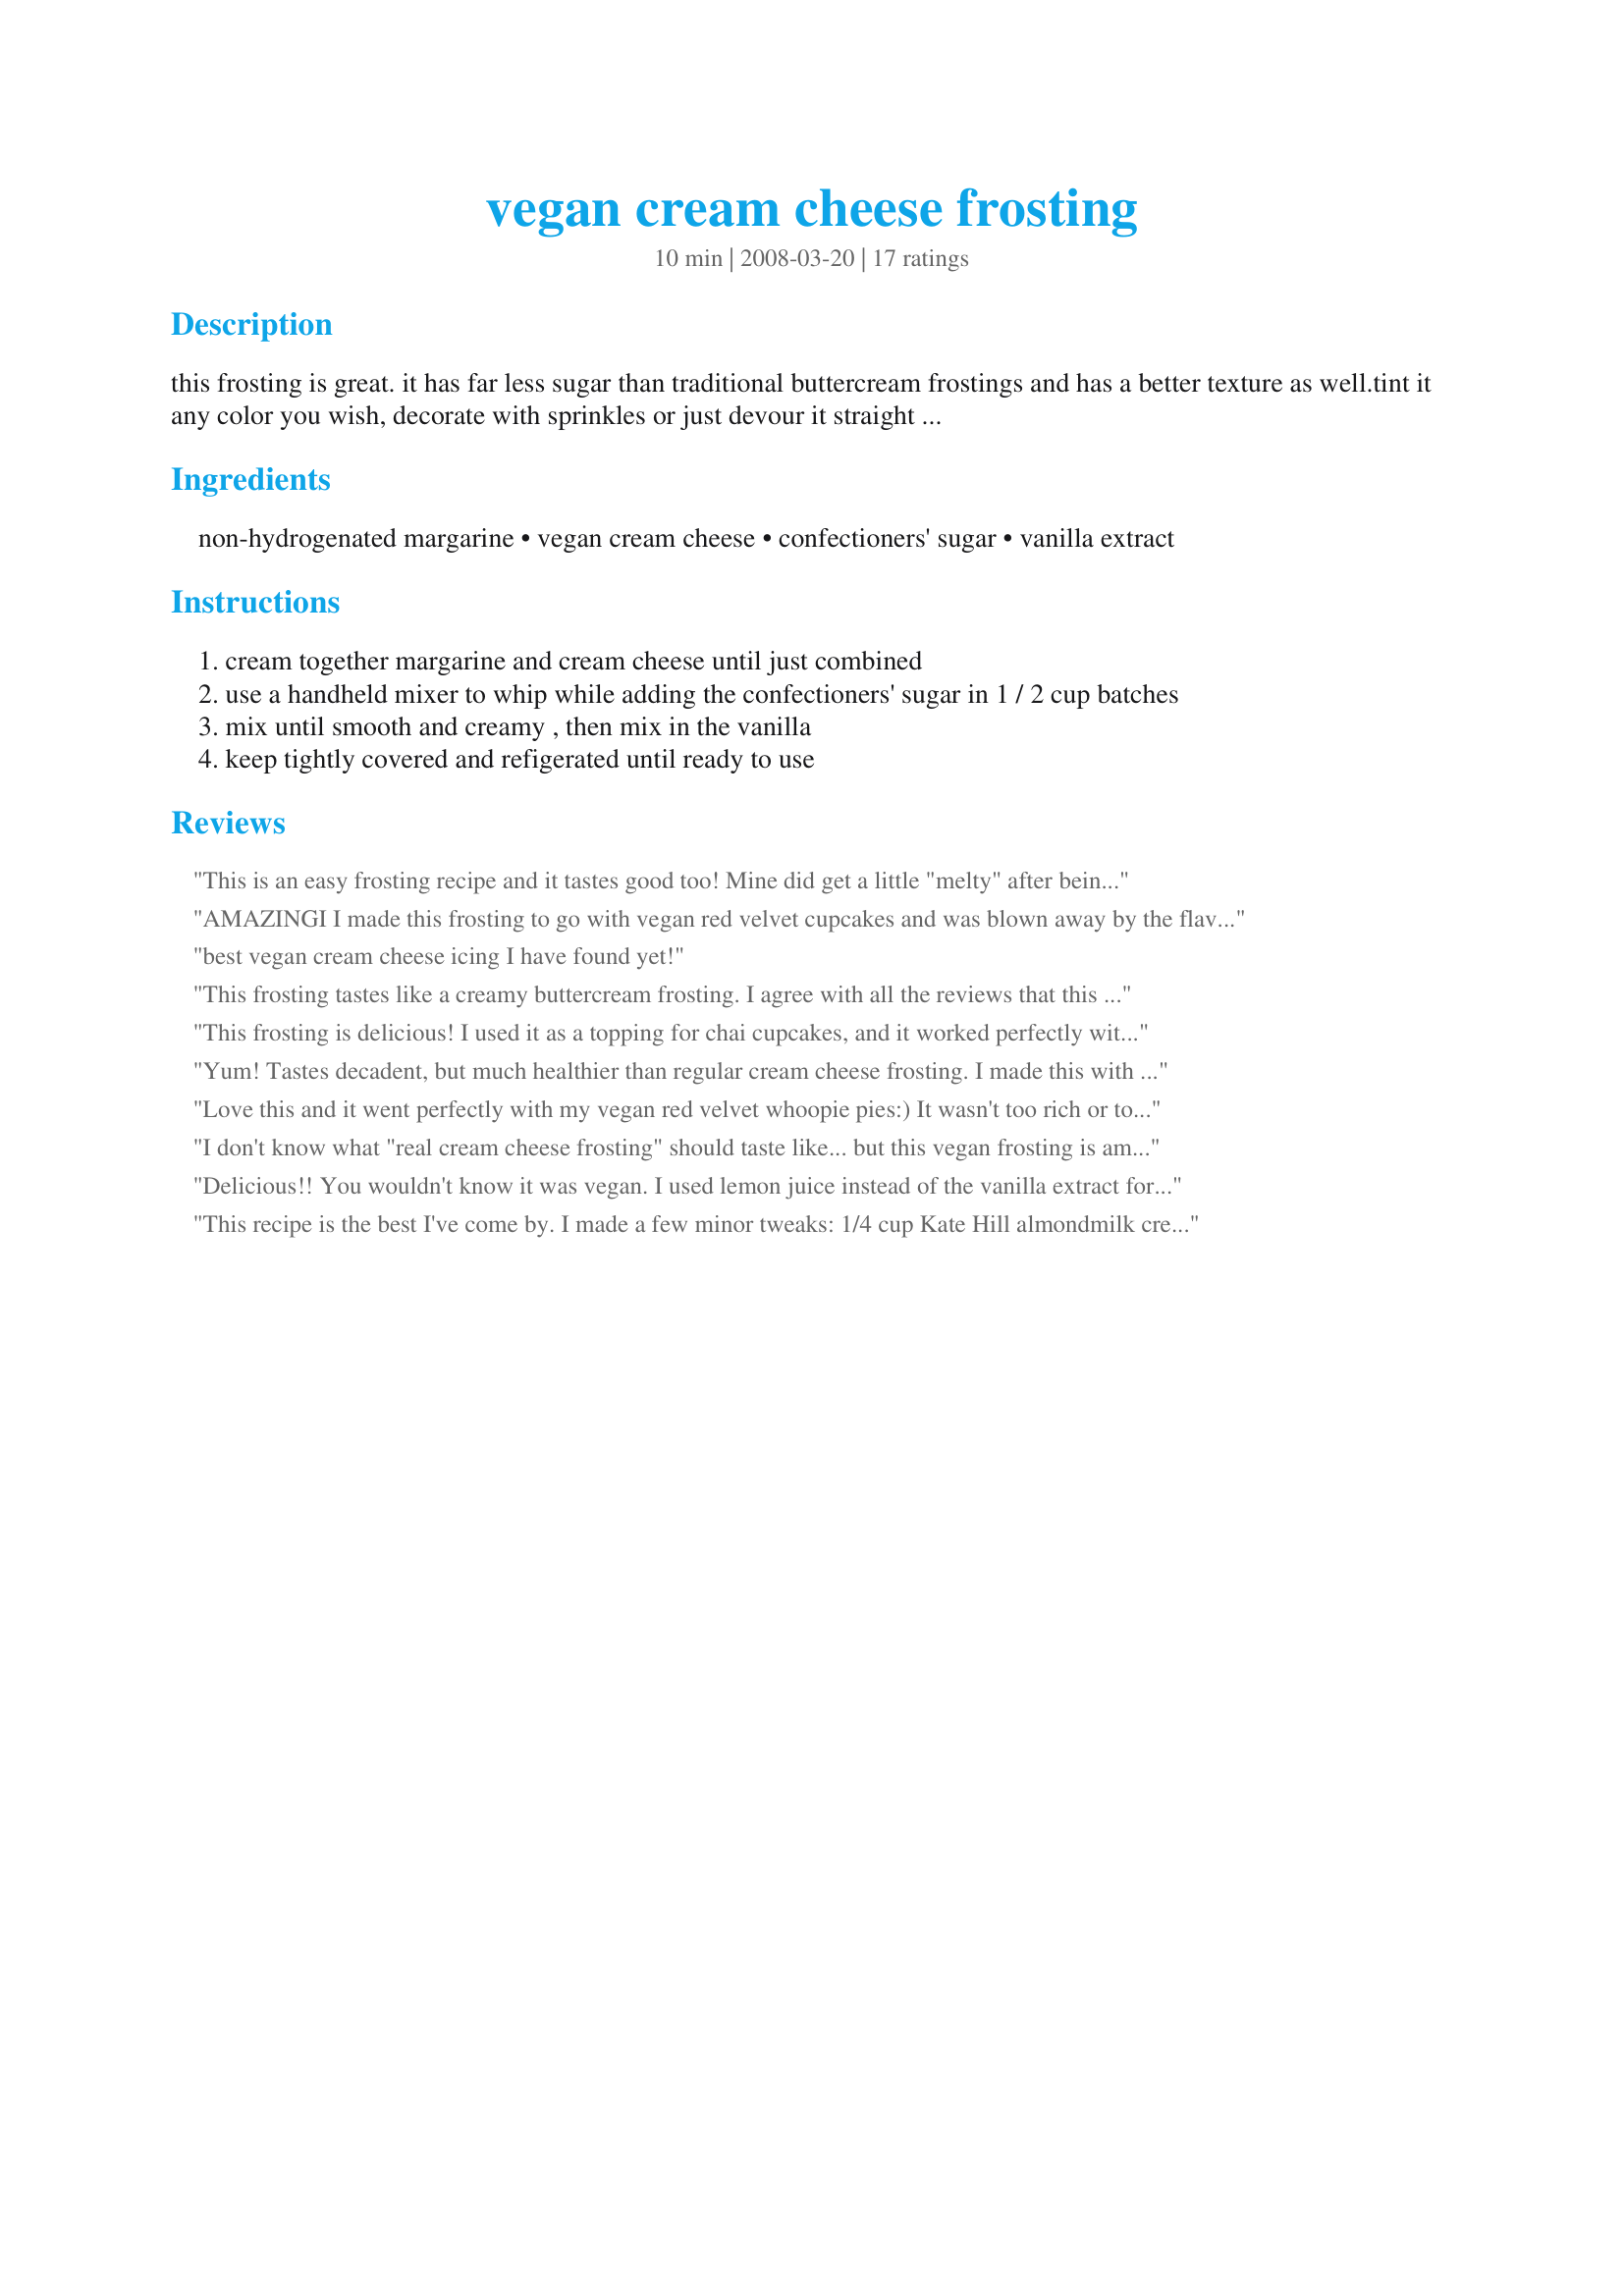
vegan cream cheese frosting
Preparation time: 10 minutes

this frosting is great. it has far less sugar than traditional buttercream frostings and has a better texture as well.tint it any color you wish, decorate with sprinkles or just devour it straight from the bowl! the recipe came from vegan cupcakes take over the world. it is perfect for topping my vegan chocolate cupcakes!

Ingredients:
non-hydrogenated margarine, vegan cream cheese, confectioners' sugar, vanilla extract

Steps:
cream together margarine and cream cheese until just combined
use a handheld mixer to whip while adding the confectioners' sugar in 1 / 2 cup batches
mix until smooth and creamy , then mix in the vanilla
keep tightly covered and refigerated until ready to use

Reviews:
This is an easy frosting recipe and it tastes good too! Mine did get a little "melty" after being left out for a while so I do recommend refrigerating your cupcakes after a few hours. Another reviewer said she used these on pumpkin muffins and I think that's an awesome idea! That will be my next use for this wonderful recipe!
AMAZINGI I made this frosting to go with vegan red velvet cupcakes and was blown away by the flavor and consistency. You'd never know it was lacking dairy. This is my new go-to non-dairy cream cheez frosting!
best vegan cream cheese icing I have found yet!
This frosting tastes like a creamy buttercream frosting. I agree with all the reviews that this frosting was tasty, and the vegan cream cheese made it creamier than a traditional buttercream (vegan or not). I was, however, surprised at how sweet this frosting was. I guess I expected it to taste more like a dairy cream cheese frosting which I prefer over the super-sweet american buttercream. This frosting did seem to hold up better than any cream cheese frosting I have used before.
This frosting is delicious! I used it as a topping for chai cupcakes, and it worked perfectly with all the spices. This frosting would also be great for carrot cake, and I'm sure I'll be using it again. Thanks!
Yum! Tastes decadent, but much healthier than regular cream cheese frosting. I made this with 3 Ingredient Pumpkin Spice Cupcakes (Recipe #258970), and people could not believe it was vegan! Also, it's easy to make. This will definitely be a new staple for me.
Love this and it went perfectly with my vegan red velvet whoopie pies:) It wasn't too rich or too runny like so many vegan frosting recipes can be.
I don't know what "real cream cheese frosting" should taste like... but this vegan frosting is amazing!!! don't let the vegan name fool you this is full taste. Thank you.
Delicious!! You wouldn't know it was vegan. I used lemon juice instead of the vanilla extract for a zingy version and it worked perfectly on my vegan carrot cupcakes.
This recipe is the best I've come by. I made a few minor tweaks: 1/4 cup Kate Hill almondmilk cream cheese 1/4 cup earth balance original whipped vegan butter (I usually do soy free, but meh) 2 cups confectioner's sugar 1/2 tsp vanilla extract 1/2 tsp lemon juice It came out a *little* looser than I would have liked, but the taste is again AMAZING. most impressive icing recommendation I've come across in a while. I am currently refrigerating it to see if it will firm up a bit. cheers!
It is simply amazing! I made this along to go with the Basic Vegan Chocolate Cupcake and WOW. I am not a vegan myself, but I am a vegetarian with dairy allergies, but you do not have to be either to enjoy this recipe. I made these for my husband and his co-workers and they were absolutly amazed! It is not as stiff as traditional, but looks and tastes just as good, if not better!
BEST Vegan Cream Cheeze frosting yet!! <br/>I love this recipe. It is so simple, and taste delicious. :) Finally I found a GOOD vegan cream cheeze recipe! Thanks! Loves it!
This frosting is very tasty. I served vegan banana cake with this frosting and the doubters loved it!
Delicious! I used it for pumpkin muffins.
fantastic frosting. great on a vegan carrot cake.<br/>thanks for posting this!
Fantastic frosting! I think this will be my go-to recipe from now on, it's so smooth and creamy - very delicous and holds up well. It was pretty hot out yesterday and the frosting didn't ooze or even shift for that matter. Used this over some vanilla vegan cupcakes with strawberry sauce. I used tofutti plain "cream" cheez and the flavour of that is very mild, no one would have known that was in it, but it made it very creamy so I would never leave it out now. The "cheez" flavour is not as strong as the cream cheese is in the typical dairy version, which I was happy about. Thx!
This frosting was so yummy! Easy to make! This is going to be my new go to frosting.
